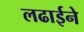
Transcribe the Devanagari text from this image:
लढाईने